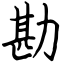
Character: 勘